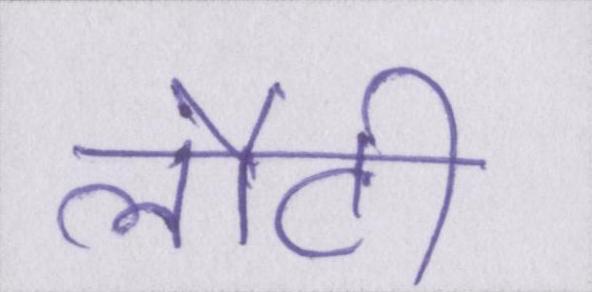
लौटी